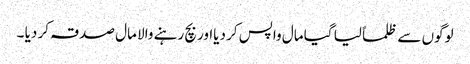
لوگوں سے ظلماً لیا گیا مال واپس کر دیااور بچ رہنے والا مال صدقہ کر دیا ۔